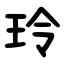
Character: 玲